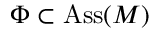
\Phi \subset \operatorname { A s s } ( M )